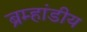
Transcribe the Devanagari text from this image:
ब्रम्हांडीय